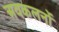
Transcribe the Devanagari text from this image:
अवकलनों